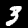
Label: 3